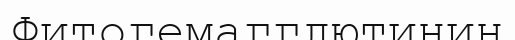
Фитогемагглютинин